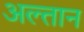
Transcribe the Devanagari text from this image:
अल्तान